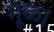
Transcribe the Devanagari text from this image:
मूळ।